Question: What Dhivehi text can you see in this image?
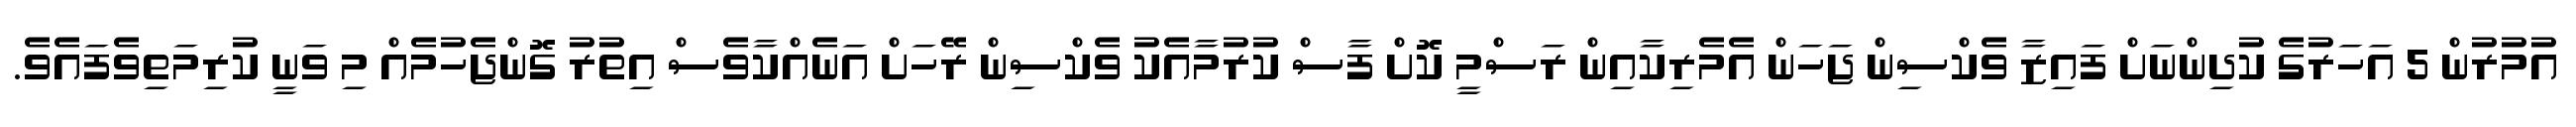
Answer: އުމުރުން 5 އަހަރުގެ ކުދިންނަށް ފައިޒާ ވެކްސިން ޖަހަން އެމެރިކާއިން ރަސްމީ ކޮށް ފާސް ކުރުމާއެކު ވެކްސިން ރޭހަށް އަނެއްކާވެސް އިތުރު ގޮންޖެހުމެއް މި ވަނީ ކުރިމަތިވެފައެވެ.